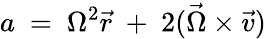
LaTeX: a\ =\ \Omega^{2}{\vec{r}}\ +\ 2({\vec{\Omega}}\times{\vec{v}})